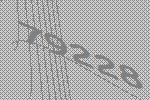
79228